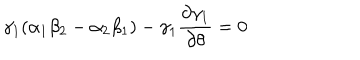
LaTeX: \gamma _ { 1 } ( \alpha _ { 1 } \beta _ { 2 } - \alpha _ { 2 } \beta _ { 1 } ) - \gamma _ { 1 } \frac { \partial \gamma _ { 1 } } { \partial \theta } = 0